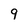
Character: 9